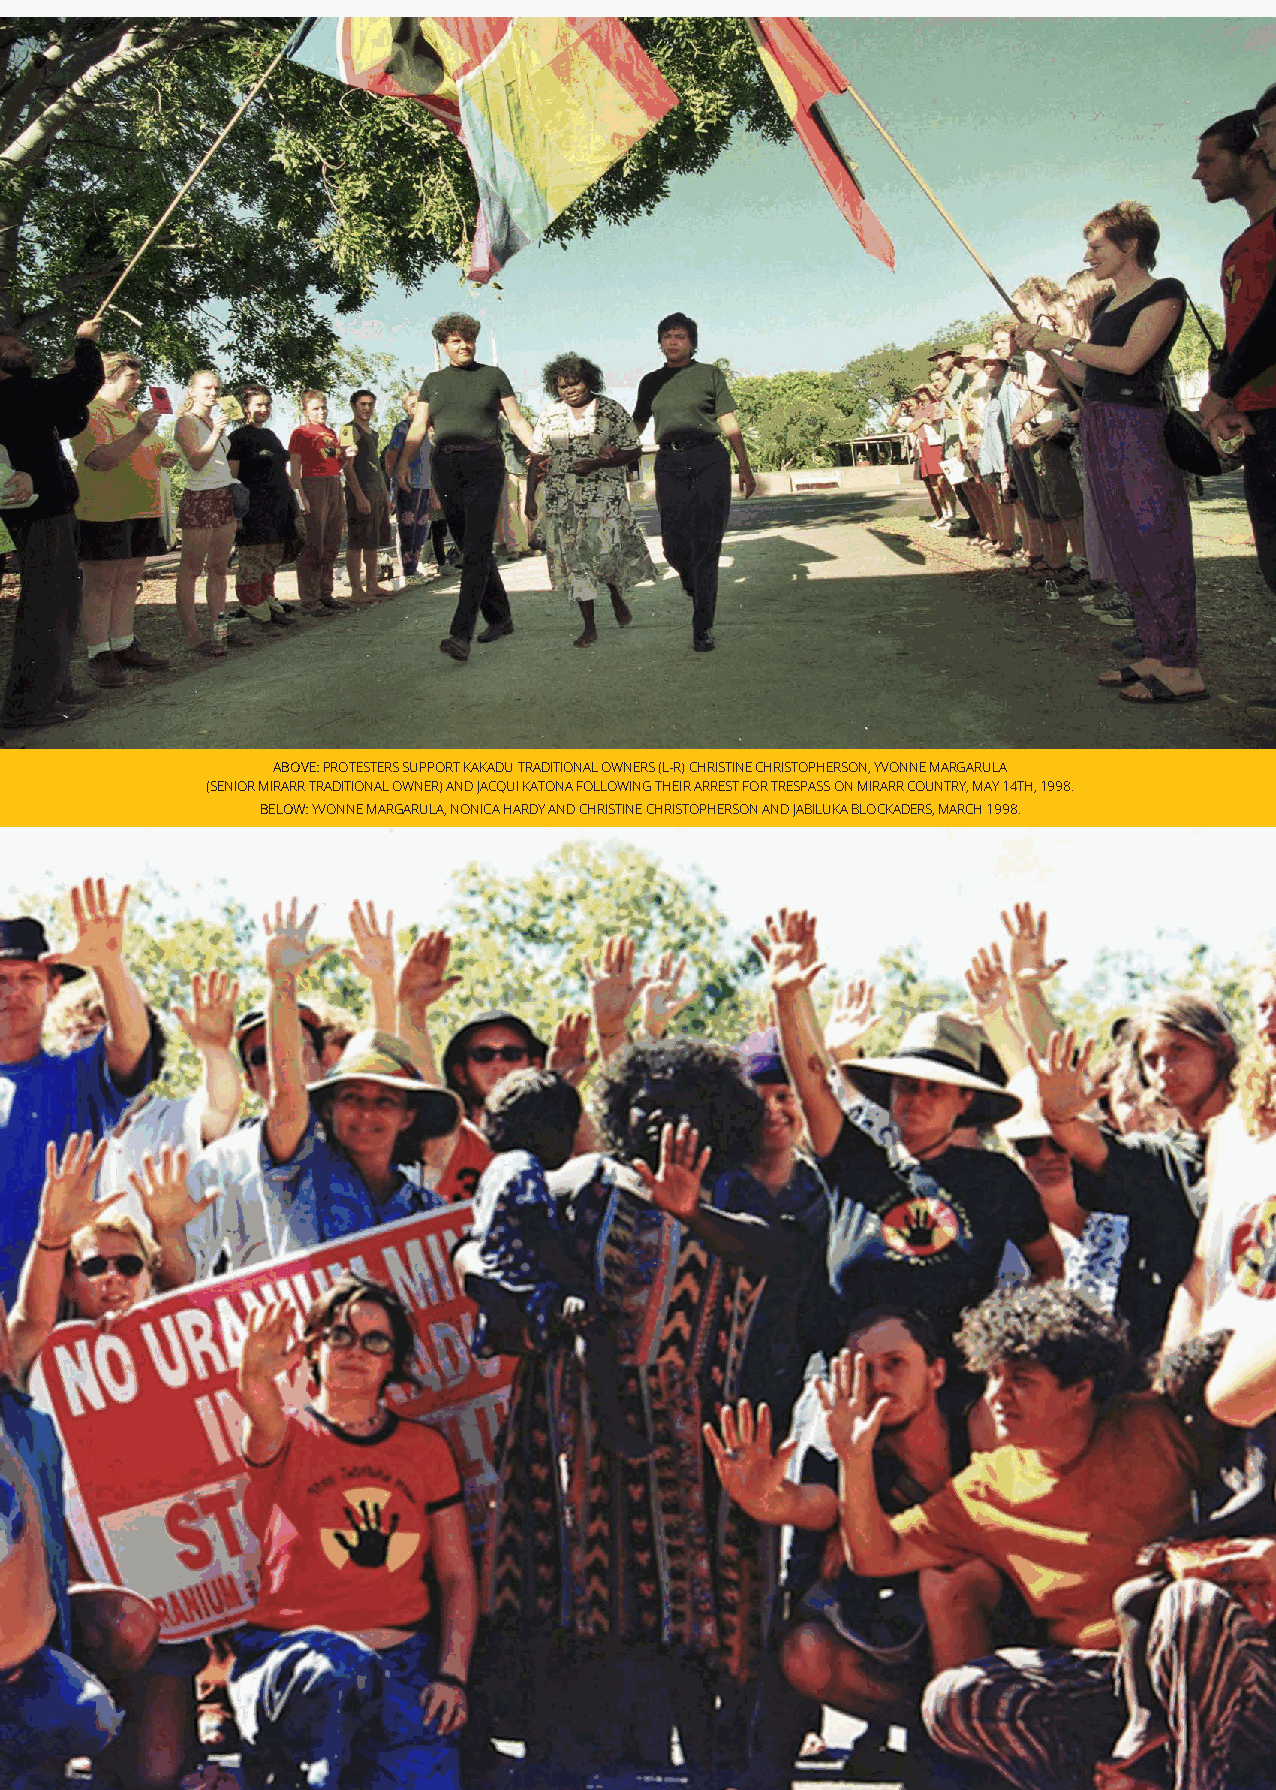
ABOVE: PROTESTERS SUPPORT KAKADU TRADITIONAL OWNERS (L-R) CHRISTINE CHRISTOPHERSON, YVONNE MARGARULA
 (SENIOR MIRARR TRADITIONAL OWNER) AND JACQUI KATONA FOLLOWING THEIR ARREST FOR TRESPASS ON MIRARR COUNTRY, MAY 14TH, 1998.
 BELOW: YVONNE MARGARULA, NONICA HARDY AND CHRISTINE CHRISTOPHERSON AND JABILUKA BLOCKADERS, MARCH 1998.